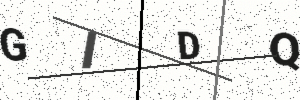
Text: GIDQ